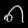
Digit: ၈